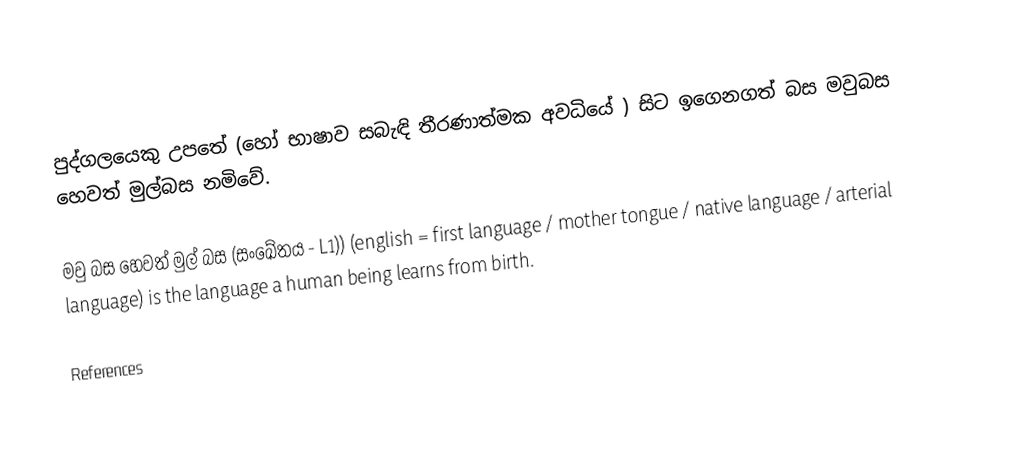
පුද්ගලයෙකු උපතේ (හෝ භාෂාව සබැඳි තීරණාත්මක අවධියේ ) සිට ඉගෙනගත් බස මවුබස හෙවත් මුල්බස නමිවේ.

මවු බස හෙවත් මුල් බස  (සංඛේතය - L1)) (english = first language / mother tongue / native language / arterial language)  is the language a human being learns from birth.

References